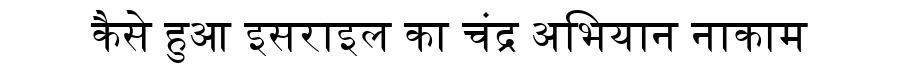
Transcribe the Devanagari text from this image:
कैसे हुआ इसराइल का चंद्र अभियान नाकाम